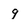
Character: 9